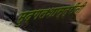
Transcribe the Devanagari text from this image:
मुद्गलशास्त्रींनी